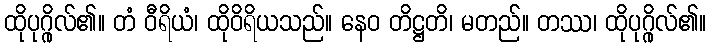
ထိုပုဂ္ဂိုလ်၏။ တံ ဝီရိယံ၊ ထိုဝိရိယသည်။ နေဝ တိဋ္ဌတိ၊ မတည်။ တဿ၊ ထိုပုဂ္ဂိုလ်၏။